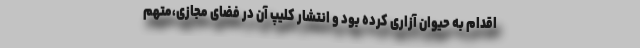
اقدام به حیوان آزاری کرده بود و انتشار کلیپ آن در فضای مجازی،متهم